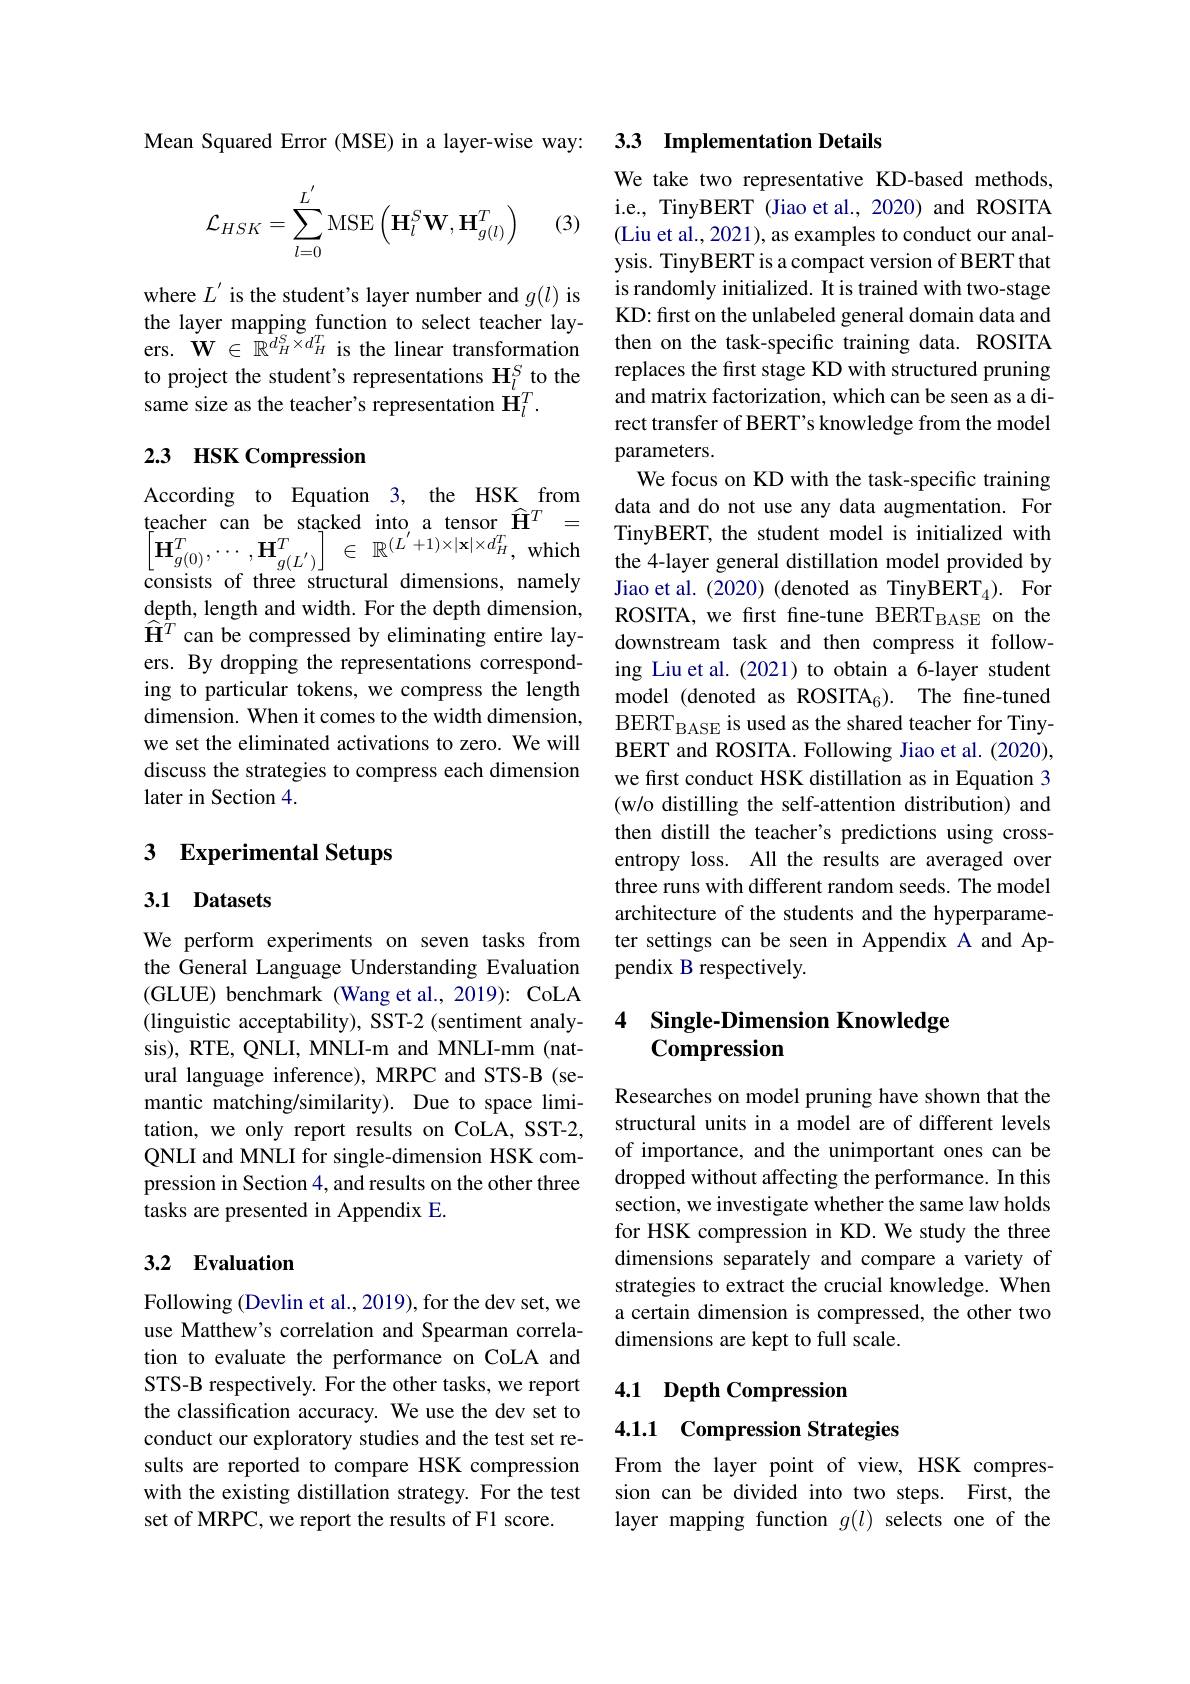
Mean Squared Error (MSE) in a layer-wise way:
$$\mathcal{L}_{HSK}=\sum_{l=0}^{L^{'}}\mathrm{MSE}\left(\mathbf{H}_{l}^{S}\mathbf{W},\mathbf{H}_{g(l)}^{T}\right)$$
(3)

where $L^\prime$ is the student's layer number and $g(l)$ is the layer mapping function to select teacher layers. $\tilde{\mathbf{W}}\in\mathbb{R}^{d_{H}^{S}\times d_{H}^{T}}$ is the linear transformation to project the student's representations $\mathbf{H}_l^S$ to the same size as the teacher's representation $\ddot{\mathbf{H}}_l^T.$

# 2.3 HSK Compression

According to Equation 3, the HSK from teacher can be stacked into a tensor $\widehat{\mathbf{H}}^T=$ $\left [ \mathbf{H} _{g( 0) }^{T}, \cdots , \mathbf{H} _{g( L^{\prime }) }^{T}\right ]$ $\in$ $\mathbb{R} ^{( L^{\prime }+ 1) \times | \mathbf{x} | \times d_{H}^{T}, \:\mathrm{which}}$ consists of three structural dimensions, namely depth, length and width. For the depth dimension, ers. By dropping the representations corresponding to particular tokens, we compress the length dimension. When it comes to the width dimension, we set the eliminated activations to zero. We will discuss the strategies to compress each dimension later in Section 4.

## 3 Experimental Setups

## 3.1 Datasets

We perform experiments on seven tasks from the General Language Understanding Evaluation (GLUE) benchmark (Wang et al., 2019): CoLA (linguistic acceptability), SST-2 (sentiment analysis), RTE, QNLI, MNLI-m and MNLI-mm (natural language inference), MRPC and STS-B (semantic matching/similarity). Due to space limitation, we only report results on CoLA, SST-2, QNLI and MNLI for single-dimension HSK compression in Section 4, and results on the other three tasks are presented in Appendix E.

## 3.2 Evaluation

Following (Devlin et al., 2019), for the dev set, we use Matthew's correlation and Spearman correlation to evaluate the performance on CoLA and STS-B respectively. For the other tasks, we report the classification accuracy. We use the dev set to conduct our exploratory studies and the test set results are reported to compare HSK compression with the existing distillation strategy. For the test set of MRPC, we report the results of F1 score.

### 3.3 Implementation Details

We take two representative KD-based methods, i.e., TinyBERT (Jiao et al., 2020) and ROSITA (Liu et al., 2021), as examples to conduct our analysis. TinyBERT is a compact version of BERT that is randomly initialized. It is trained with two-stage KD: first on the unlabeled general domain data and then on the task-specific training data. ROSITA replaces the first stage KD with structured pruning and matrix factorization, which can be seen as a direct transfer of BERT's knowledge from the model parameters.
We focus on KD with the task-specific training data and do not use any data augmentation. For TinyBERT, the student model is initialized with the 4-layer general distillation model provided by Jiao et al. (2020) (denoted as TinyBERT$_{4}) .$ For ROSITA, we first fine-tune BERTBASE on the
$\widehat{\mathbf{H}}^T$ can be compressed by eliminating entire lay- downstream task and then compress it follow-
ing Liu et al. (2021) to obtain a 6-layer student model (denoted as ROSITA$_6) .$ The fine-tuned BERT$_\mathrm{BASE}$ is used as the shared teacher for TinyBERT and ROSITA. Following Jiao et al. (2020), we first conduct HSK distillation as in Equation 3 (w/o distilling the self-attention distribution) and then distill the teacher's predictions using crossentropy loss. All the results are averaged over three runs with different random seeds. The model architecture of the students and the hyperparameter settings can be seen in Appendix A and Appendix B respectively.

### 4 Single-Dimension Knowledge $\bar{\mathbf{Compression}}$

Researches on model pruning have shown that the structural units in a model are of different levels of importance, and the unimportant ones can be dropped without affecting the performance. In this section, we investigate whether the same law holds for HSK compression in KD. We study the three dimensions separately and compare a variety of strategies to extract the crucial knowledge. When a certain dimension is compressed, the other two dimensions are kept to full scale.

4.1 Depth Compression

# 4.1.1 Compression Strategies

From the layer point of view, HSK compression can be divided into two steps. First, the layer mapping function $g(l)$ selects one of the